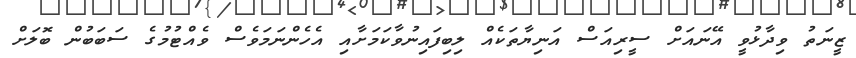
ޒީނަތު ވިދާޅުވީ އޭނައަށް ސީރިއަސް އަނިޔާތަކެއް ލިބިފައިނުވާކަމަށާއި އެހެންނަމަވެސް ވެއްޓުމުގެ ސަބަބުން ބޮލަށް